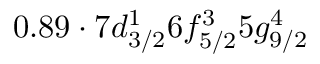
0 . 8 9 \cdot 7 d _ { 3 / 2 } ^ { 1 } 6 f _ { 5 / 2 } ^ { 3 } 5 g _ { 9 / 2 } ^ { 4 }